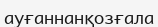
ауғаннанқозғала